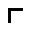
\ulcorner